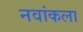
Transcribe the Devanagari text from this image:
नवांकला